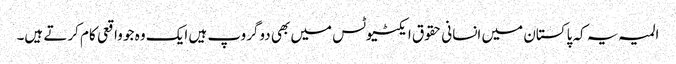
المیہ یہ کہ پاکستان میں انسانی حقوق ایکٹیوٹس میں بھی دوگروپ ہیں ایک وہ جو واقعی کام کرتے ہیں۔